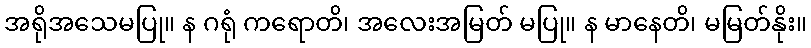
အရိုအသေမပြု။ န ဂရုံ ကရောတိ၊ အလေးအမြတ် မပြု။ န မာနေတိ၊ မမြတ်နိုး။